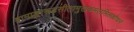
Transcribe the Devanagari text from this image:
वामाङ्कारूढसीतामुखकमलमिलल्लोचनं